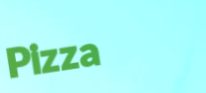
Pizza